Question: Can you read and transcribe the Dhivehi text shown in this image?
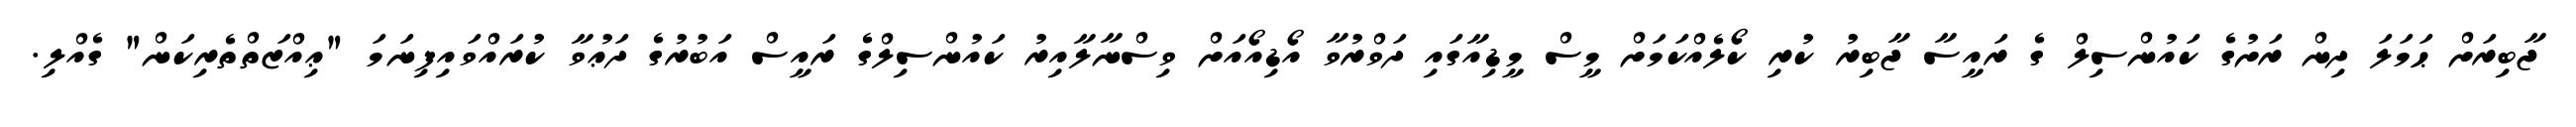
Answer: ޖާބިރަށް ޙަމަލަ ދިން ރަށުގެ ކައުންސިލް ގެ ރައީސާ ޖާބިރު ކުރި ކޯލެއްކަމަށް މީސް މީޑިއާގައި ދަވްރުވާ އޯޑިއޯއަށް ވިސްނާލާއިރު ކައުންސިލްގެ ރައީސް އަބުރުގެ ދަޢުވާ ކުރައްވައިފިނަމަ "ޢިއްޒަތްތެރިކަން" ގެއްލި.